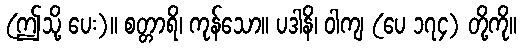
(ဤသို့ ပေး)။ စတ္တာရိ၊ ကုန်သော။ ပဒါနိ၊ ဝါကျ (ပေ ၁၇၄) တို့ကို။